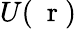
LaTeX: U(\mathrm{~\mathbf~r~})